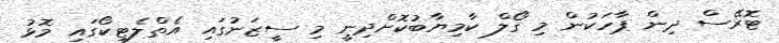
ޓޮރޭސް ދިން ޕާހަކުން މި ގޯލް ކާމިޔާބުކޮށްދިނީ މި ސީޒަނުގައި އެތްލެޓިކޯގައި މޮޅު